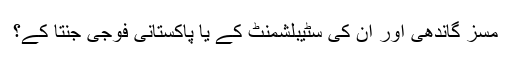
مسز گاندھی اور ان کی سٹیبلشمنٹ کے یا پاکستانی فوجی جنتا کے؟